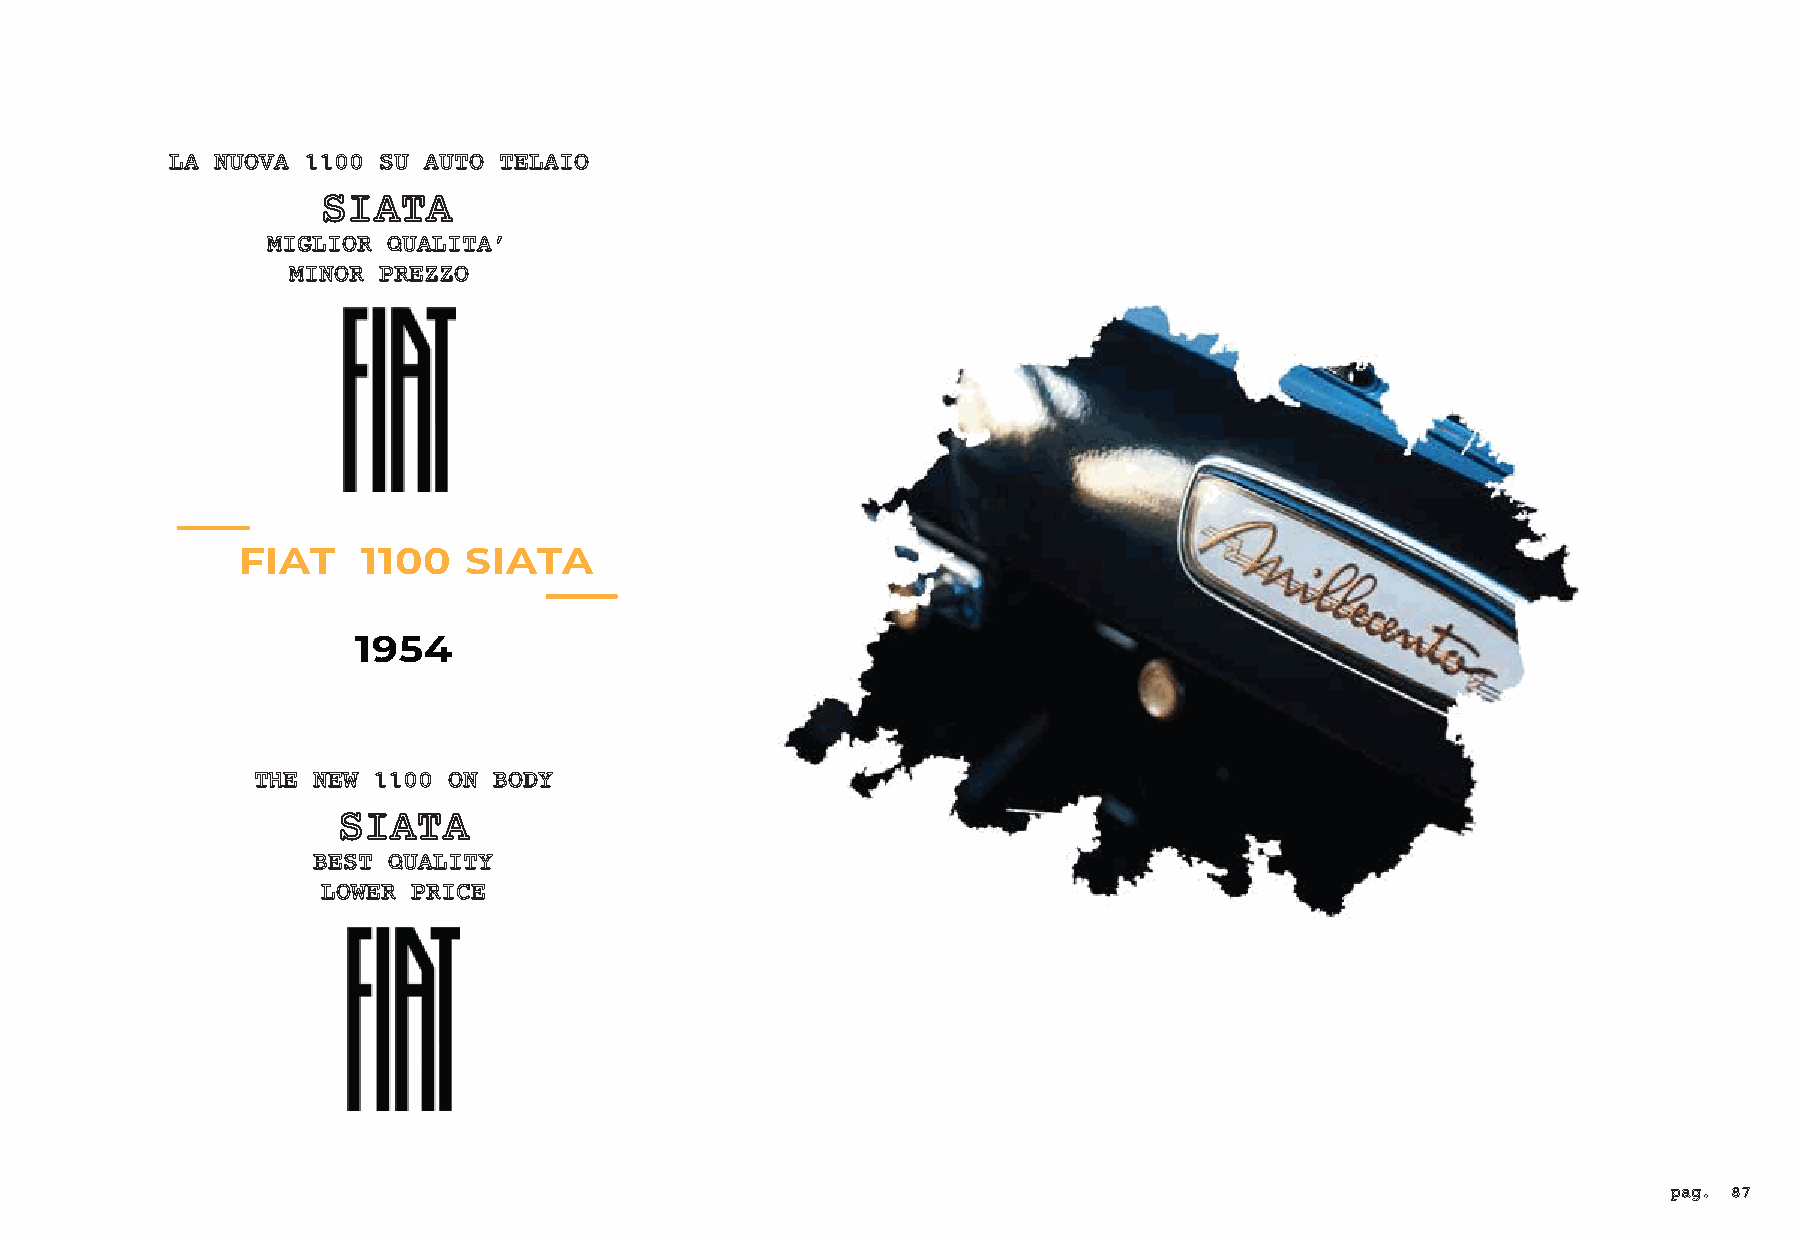
LA NUOVA 1100 SU AUTO TELAIO
 SIATA
 MIGLIOR QUALITA’
 MINOR PREZZO
 FIAT    1100   SIATA
 1954
 THE NEW 1100 ON BODY
 SIATA
 BEST QUALITY
 LOWER PRICE
 pag. 87